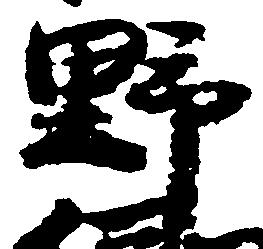
野